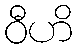
ဝီဟိ